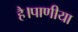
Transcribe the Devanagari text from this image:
है।पाणीया